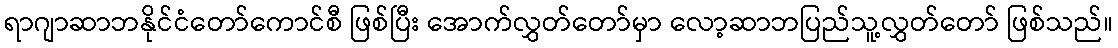
ရာဂျာဆာဘနိုင်ငံတော်ကောင်စီ ဖြစ်ပြီး အောက်လွှတ်တော်မှာ လော့ဆာဘပြည်သူ့လွှတ်တော် ဖြစ်သည်။